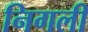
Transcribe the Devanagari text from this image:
निगली